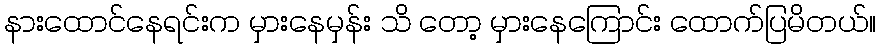
နားထောင်နေရင်းက မှားနေမှန်း သိ တော့ မှားနေကြောင်း ထောက်ပြမိတယ်။